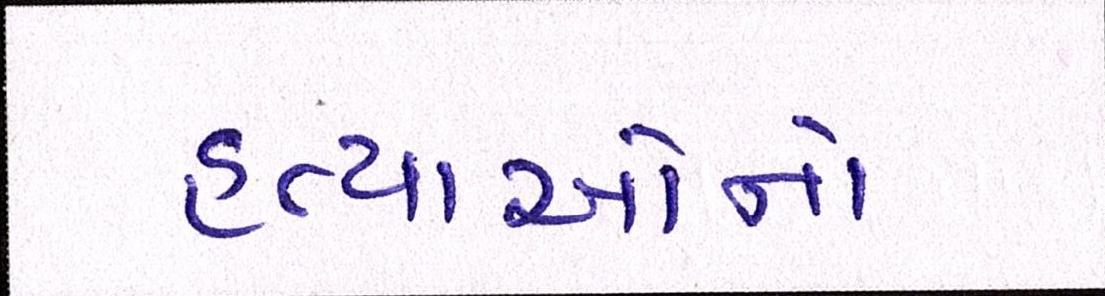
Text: હત્યાઓનો